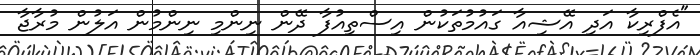
"އެފްރިކާ އަދި އޭޝިއާ ގައުމުތަކުން އިސްތިއުފާ ދޭން ނިންމި ނިންމުން އަލުން މުރާޖާ